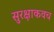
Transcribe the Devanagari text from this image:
सुरक्षाकवच